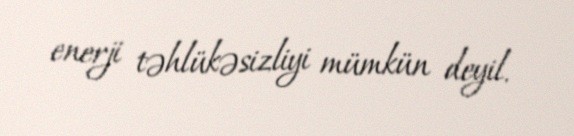
enerji təhlükəsizliyi mümkün deyil.